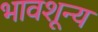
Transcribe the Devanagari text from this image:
भावशून्‍य